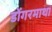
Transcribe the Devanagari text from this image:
डोंगरमाथा